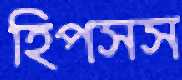
হিপসস